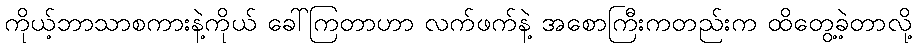
ကိုယ့်ဘာသာစကားနဲ့ကိုယ် ခေါ်ကြတာဟာ လက်ဖက်နဲ့ အစောကြီးကတည်းက ထိတွေ့ခဲ့တာလို့